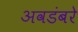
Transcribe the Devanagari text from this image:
अवडंबरे